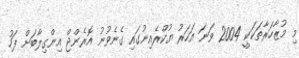
މި މުޒާހަރާތަކަކީ 2004 ވަނަ އަހަރު ޔުކްރެއިނުގައި ގެނެވުނު އޮރެންޖް އިންގިލާބަށް ފަހު